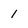
Character: 1